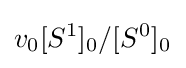
v_{0}[S^{1}]_{0}/[S^{0}]_{0^{}}